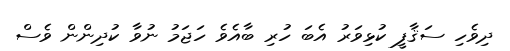
ދިވެހި ސަޤާފީ ކުޅިވަރު އެބަ ހުރި ބާއެވެ ހަޖަމު ނުވާ ކުދިންން ވެސް